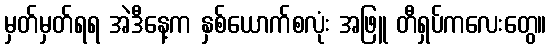
မှတ်မှတ်ရရ အဲဒီနေ့က နှစ်ယောက်စလုံး အဖြူ တီရှပ်ကလေးတွေ။